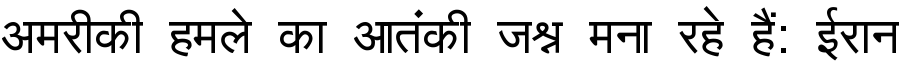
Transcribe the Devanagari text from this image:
अमरीकी हमले का आतंकी जश्न मना रहे हैं: ईरान